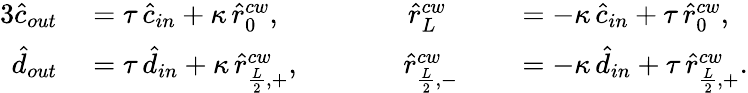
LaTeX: \begin{array}{rlrl}{{3}\hat{c}_{out}}&{{}=\tau\, \hat{c}_{in}+\kappa\, \hat{r}_{0}^{cw},\; \; \; \; \; \; \; \; \; \; \; \; \; \; \; \; \hat{r}_{L}^{cw}}&{}&{{}=-\kappa\, \hat{c}_{in}+\tau\, \hat{r}_{0}^{cw},}\\ {\hat{d}_{out}}&{{}=\tau\, \hat{d}_{in}+\kappa\, \hat{r}_{\frac{L}{2},+}^{cw},\; \; \; \; \; \; \; \; \; \; \; \; \; \hat{r}_{\frac{L}{2},-}^{cw}}&{}&{{}=-\kappa\, \hat{d}_{in}+\tau\, \hat{r}_{\frac{L}{2},+}^{cw}.}\end{array}